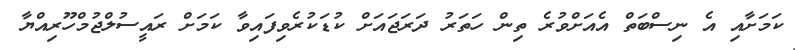
ކަމަށާއި އެ ނިސްބަތް އެއަށްވުރެ ތިން ހަތަރު ދަރަޖައަށް ކުޑަކުރެވިފައިވާ ކަމަށް ރައީސުލްޖުމްހޫރިއްޔާ